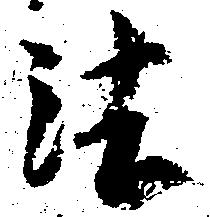
法